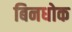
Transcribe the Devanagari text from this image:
बिनधोक